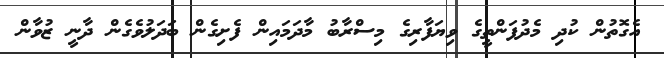
އެގޮތުން ކުދި މެދުފަންތީގެ ވިޔަފާރިގެ މިސްރާބު މާދަމައިން ފެށިގެން ބަދަލުވެގެން ދާނީ ޒުވާން